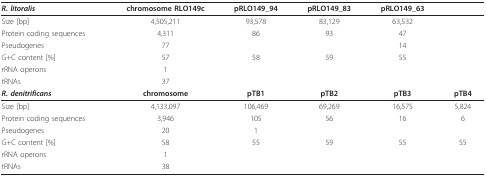
<table><thead><tr><td><b><i>R. litoralis</i></b></td><td><b>chromosome RLO149c</b></td><td><b>pRLO149_94</b></td><td><b>pRLO149_83</b></td><td><b>pRLO149_63</b></td><td></td></tr></thead><tbody><tr><td>Size [bp]</td><td>4,505,211</td><td>93,578</td><td>83,129</td><td>63,532</td><td></td></tr><tr><td>Protein coding sequences</td><td>4,311</td><td>86</td><td>93</td><td>47</td><td></td></tr><tr><td>Pseudogenes</td><td>77</td><td></td><td></td><td>14</td><td></td></tr><tr><td>G+C content [%]</td><td>57</td><td>58</td><td>59</td><td>55</td><td></td></tr><tr><td>rRNA operons</td><td>1</td><td></td><td></td><td></td><td></td></tr><tr><td>tRNAs</td><td>37</td><td></td><td></td><td></td><td></td></tr><tr><td><b><i>R. denitrificans</i></b></td><td><b>chromosome</b></td><td><b>pTB1</b></td><td><b>pTB2</b></td><td><b>pTB3</b></td><td><b>pTB4</b></td></tr><tr><td>Size [bp]</td><td>4,133,097</td><td>106,469</td><td>69,269</td><td>16,575</td><td>5,824</td></tr><tr><td>Protein coding sequences</td><td>3,946</td><td>105</td><td>56</td><td>16</td><td>6</td></tr><tr><td>Pseudogenes</td><td>20</td><td>1</td><td></td><td></td><td></td></tr><tr><td>G+C content [%]</td><td>58</td><td>55</td><td>59</td><td>55</td><td>55</td></tr><tr><td>rRNA operons</td><td>1</td><td></td><td></td><td></td><td></td></tr><tr><td>tRNAs</td><td>38</td><td></td><td></td><td></td><td></td></tr></tbody></table>